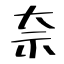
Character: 奈